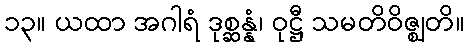
၁၃။ ယထာ အဂါရံ ဒုစ္ဆန္နံ၊ ဝုဋ္ဌီ သမတိဝိဇ္ဈတိ။